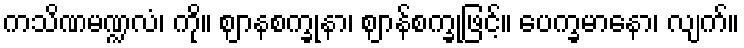
ကသိဏမဏ္ဍလံ၊ ကို။ ဈာနစက္ခုနာ၊ ဈာန်စက္ခုဖြင့်။ ပေက္ခမာနော၊ လျက်။